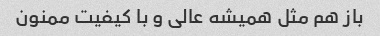
باز هم مثل همیشه عالی و با کیفیت ممنون